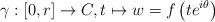
LaTeX: \begin{align*} \gamma:\left[0,r\right]\rightarrow C,t\mapsto w=f\left(te^{i\theta}\right)\end{align*}